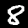
Label: 8